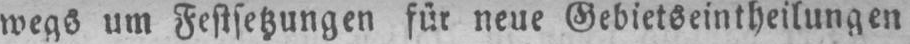
wegs um Festsetzungen für neue Gebietseintheilungen